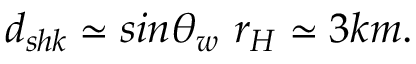
d _ { s h k } \simeq s i n \theta _ { w } ~ r _ { H } \simeq 3 k m .